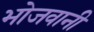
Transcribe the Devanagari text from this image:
भोजवानी